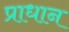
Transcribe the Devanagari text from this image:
प्राधान